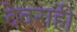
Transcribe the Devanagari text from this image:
देवराही